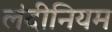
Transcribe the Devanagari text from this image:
लंदीनियम